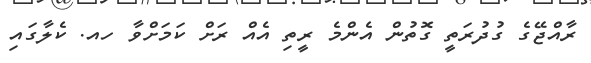
ރާއްޖޭގެ ގުދުރަތީ ގޮތުން އެންމެ ރީތި އެއް ރަށް ކަމަށްވާ ހއ. ކެލާގައި